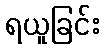
ရယူခြင်း